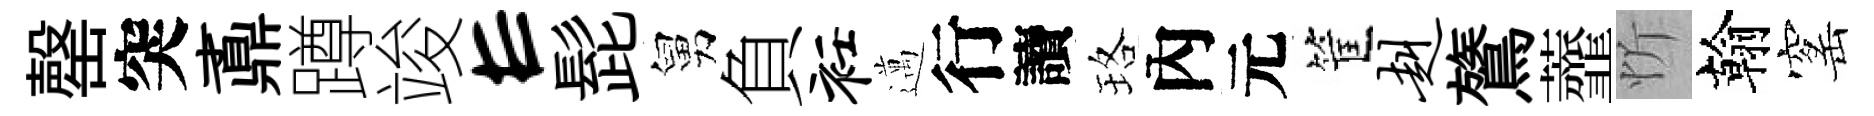
罄突鼒蹲竣E髭舅負衽邁行讀珞內元筐赳鷟虀忻翰窰